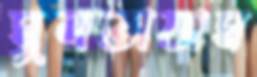
মুলতাযাম